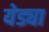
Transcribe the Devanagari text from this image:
येड्या